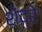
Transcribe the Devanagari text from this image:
शेंद्रे